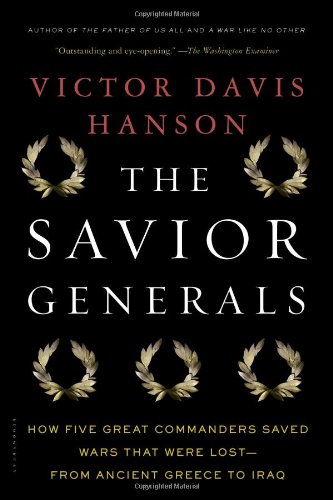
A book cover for The Savior Generals: How Five Great Commanders Saved Wars That Were Lost - From Ancient Greece to Iraq; Victor Davis Hanson; History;